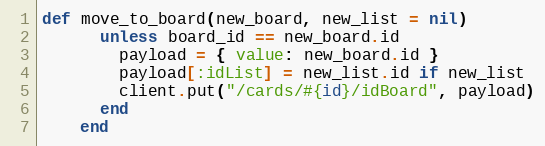
Language: Ruby
def move_to_board(new_board, new_list = nil)
      unless board_id == new_board.id
        payload = { value: new_board.id }
        payload[:idList] = new_list.id if new_list
        client.put("/cards/#{id}/idBoard", payload)
      end
    end